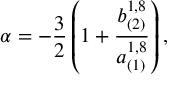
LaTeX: \alpha = - { \frac { 3 } { 2 } } \left( 1 + { \frac { b _ { ( 2 ) } ^ { 1 , 8 } } { a _ { ( 1 ) } ^ { 1 , 8 } } } \right) ,